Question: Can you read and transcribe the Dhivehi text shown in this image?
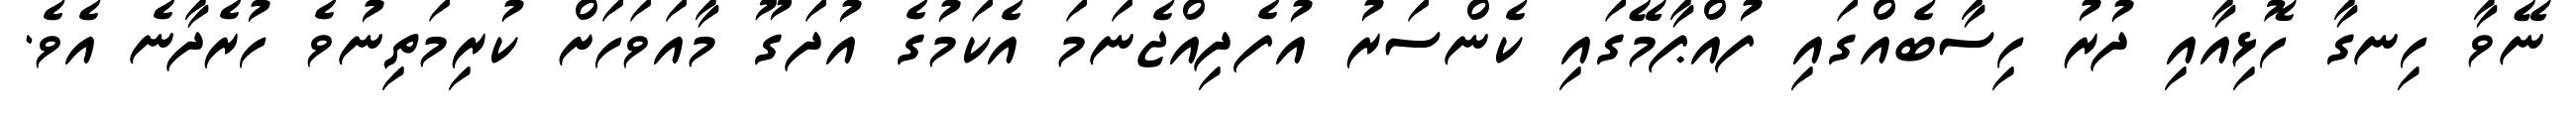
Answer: ނޭވާ ހިނގާ ހޮޅިއާއި ދުރު ހިސާބެއްގައި ފުއްޕާމޭގައި ކެންސަރު އުފެދިއްޖެނަމަ އެކަމުގެ އުދަގޫ މާއަވަހަށް ކުރިމަތިނުވެ ހުރެދާނެ އެވެ.